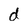
Character: d